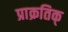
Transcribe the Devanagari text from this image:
प्राक्रतिक्